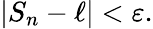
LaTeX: \left|S_{n}-\ell\right\vert<\varepsilon.